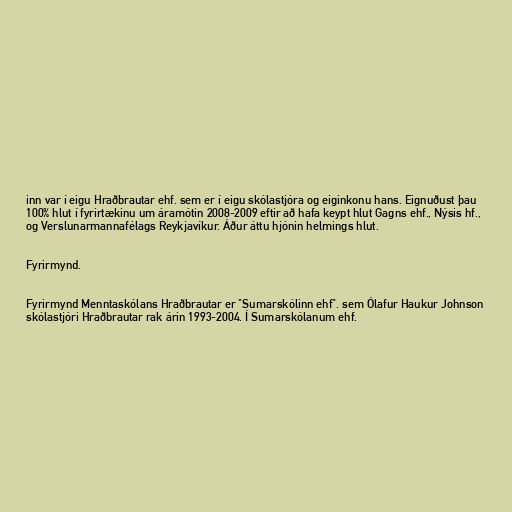
inn var í eigu Hraðbrautar ehf. sem er í eigu skólastjóra og eiginkonu hans. Eignuðust þau
100% hlut í fyrirtækinu um áramótin 2008-2009 eftir að hafa keypt hlut Gagns ehf., Nýsis hf.,
og Verslunarmannafélags Reykjavíkur. Áður áttu hjónin helmings hlut.

Fyrirmynd.

Fyrirmynd Menntaskólans Hraðbrautar er "Sumarskólinn ehf". sem Ólafur Haukur Johnson
skólastjóri Hraðbrautar rak árin 1993-2004. Í Sumarskólanum ehf.